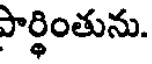
పార్థింతును.